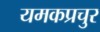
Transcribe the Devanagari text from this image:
यमकप्रचुर